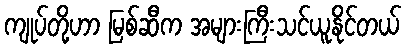
ကျုပ်တို့ဟာ မြစ်ဆီက အများကြီးသင်ယူနိုင်တယ်